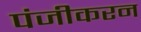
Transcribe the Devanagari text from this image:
पंजीकरन